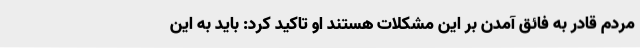
مردم قادر به فائق آمدن بر این مشکلات هستند او تاکید کرد: باید به این